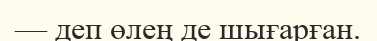
— деп өлең де шығарған.